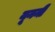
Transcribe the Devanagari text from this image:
यूननी